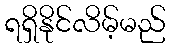
ရရှိနိုင်လိမ့်မည်